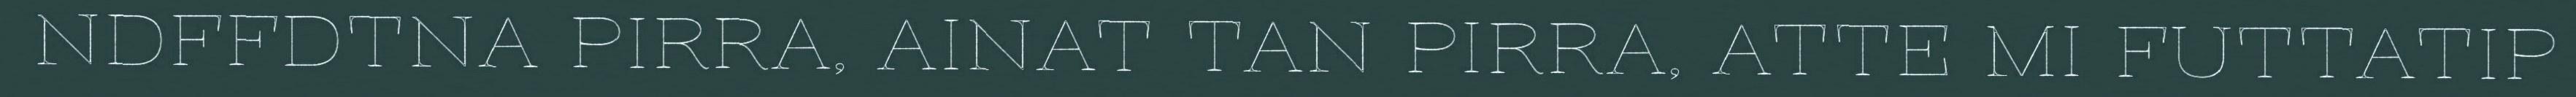
NDFFDTNA PIRRA, AINAT TAN PIRRA, ATTE MI FUTTATIP